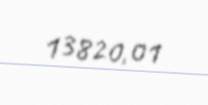
13820,01